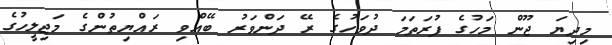
މިދިޔަ ޖޫން މަހުގެ ފުރަތަމަ ދުވަހުގެ ރޭ ދަންވަރު ބޭއްވި ރައްޔިތުންގެ މަޖިލީހުގެ